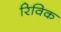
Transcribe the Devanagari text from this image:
रिविक